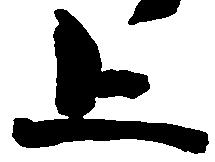
上